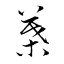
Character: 葉